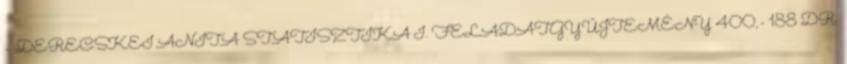
– DERECSKEI ANITA STATISZTIKA I. FELADATGYŰJTEMÉNY 400,- 188 DR.